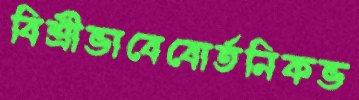
বিশ্রীভাবেবোর্তনিকভ